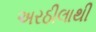
અરઠીલાથી